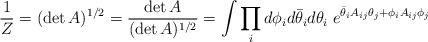
LaTeX: \begin{align*}\frac{1}{Z} =(\det A)^{1/2} = \frac{\det A}{(\det A)^{1/2}}=\int \prod_{i} d\phi_i d\bar\theta_i d\theta_i \;e^{\bar\theta_i A_{ij} \theta_j +\phi_i A_{ij} \phi_j}\end{align*}